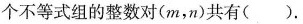
个不等式组的整数对(m，n)共有()。